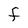
Character: F